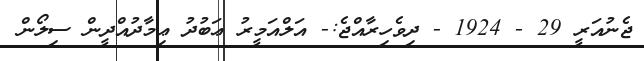
ޖެނުއަރީ 29 - 1924 - ދިވެހިރާއްޖެ:- އަލްއަމީރު ޢަބުދު ޢިމާދުއްދީން ސިލޯން